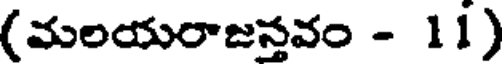
(మలయరాజన్తవం - 11)